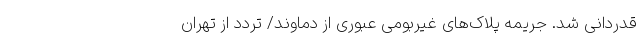
قدردانی شد. جریمه پلاک‌های غیربومی عبوری از دماوند/ تردد از تهران